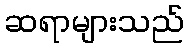
ဆရာများသည်